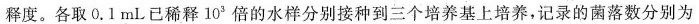
释度。各取0.1mL已稀释10'倍的水样分别接种到三个培养基上培养，记录的菌落数分别为